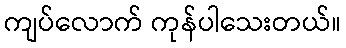
ကျပ်လောက် ကုန်ပါသေးတယ်။